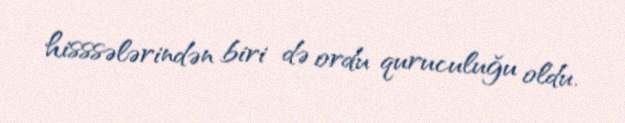
hisssələrindən biri də ordu quruculuğu oldu.